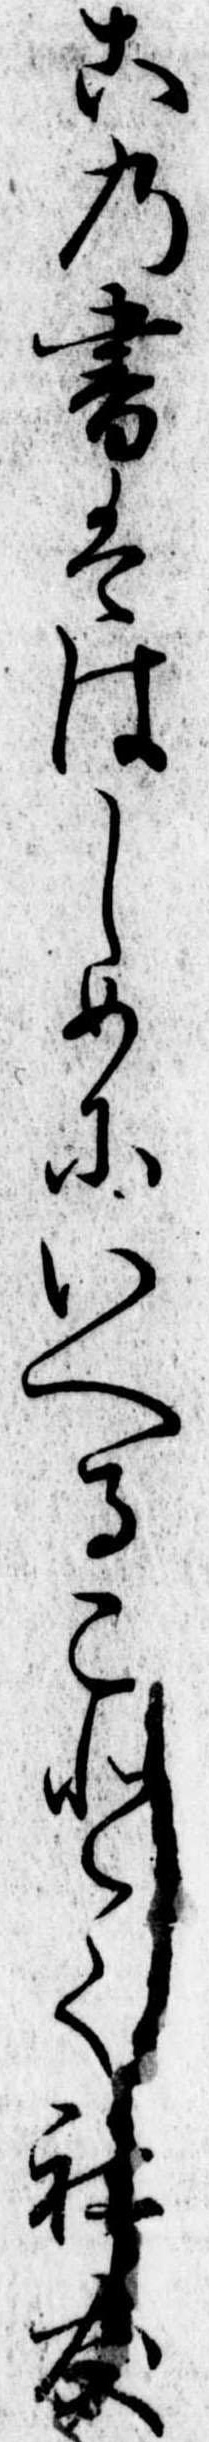
この書ははしめにいへることく社友